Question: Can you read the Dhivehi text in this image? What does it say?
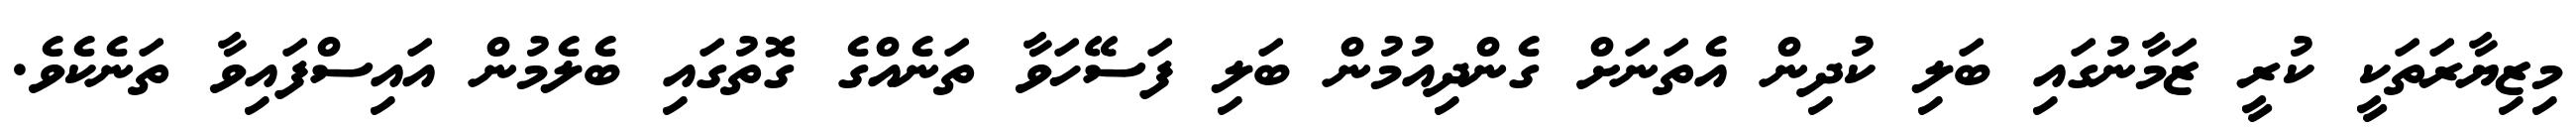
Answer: މިޒިޔާރަތަކީ ކުރީ ޒަމާނުގައި ބަލި ކުދިން އެތަނަށް ގެންދިއުމުން ބަލި ފަސޭހަވާ ތަނެއްގެ ގޮތުގައި ބެލެމުން އައިސްފައިވާ ތަނެކެވެ.